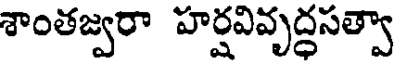
శాంతజ్వరా హర్షవివృద్ధసత్వా